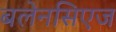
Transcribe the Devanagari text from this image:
बलेनसिएज